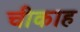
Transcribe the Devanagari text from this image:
चीकाह